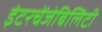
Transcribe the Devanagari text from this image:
इंटरचेंजेबिलिटी